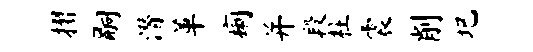
摺嗣潜革痢并段柱震削圯